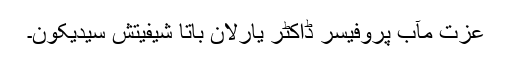
عزت مآب پروفیسر ڈاکٹر یارلان باتا شیفیتش سیدیکون۔